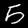
Digit: 5